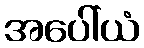
အပေါ်ယံ